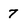
Character: 7